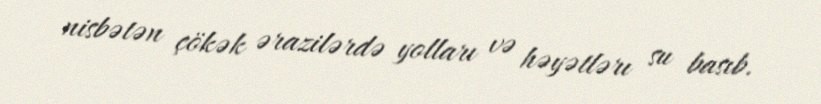
nisbətən çökək ərazilərdə yolları və həyətlərı su basıb.